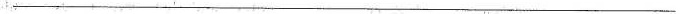
___